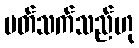
ပတ်သက်သည်ဟု